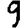
Digit: 9